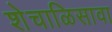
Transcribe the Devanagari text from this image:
शेचाळिसावा